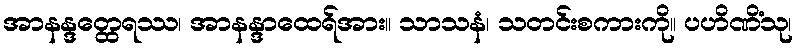
အာနန္ဒတ္ထေရဿ၊ အာနန္ဒာထေရ်အား။ သာသနံ၊ သတင်းစကားကို။ ပဟိဏိံသု၊